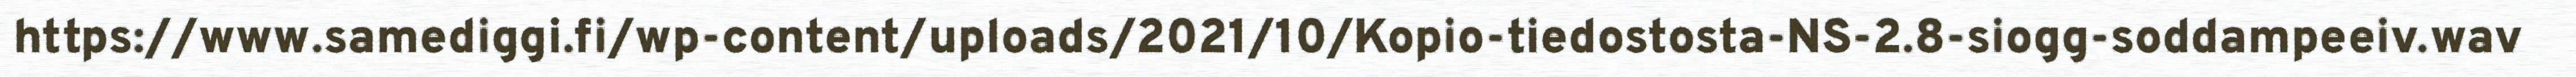
https://www.samediggi.fi/wp-content/uploads/2021/10/Kopio-tiedostosta-NS-2.8-siogg-soddampeeiv.wav